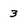
Character: 3